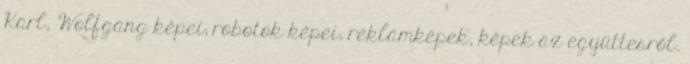
Karl, Wolfgang képei; robotok képei, reklámképek, képek az együttesről.